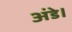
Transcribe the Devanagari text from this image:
अंडे।